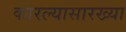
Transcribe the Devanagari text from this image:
कारल्यासारख्या